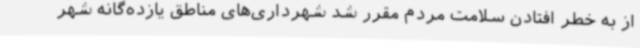
از به خطر افتادن سلامت مردم مقرر شد شهرداری‌های مناطق یازده‌گانه شهر